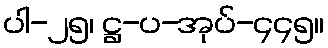
ပါ-၂၅၊ ဋ္ဌ-ပ-အုပ်-၄၄၅။